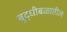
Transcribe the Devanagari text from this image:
बुद्धीबळातील